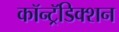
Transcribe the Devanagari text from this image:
कॉन्ट्रॅडिक्शन